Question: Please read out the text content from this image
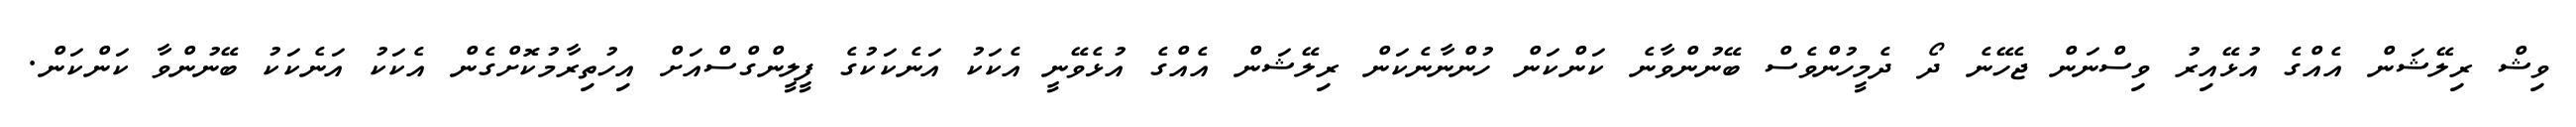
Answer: ވިޝް ރިލޭޝަން އެއްގެ އުޅޭއިރު ވިސްނަން ޖެހޭނެ ދޯ ދެމީހުންވެސް ބޭނުންވާނެ ކަންކަން ހުންނާނެކަން ރިލޭޝަން އެއްގެ އުޅެވޭނީ އެކަކު އަނެކަކުގެ ފީލީންގްސްއަށް އިހުތިރާމުކޮށްގެން އެކަކު އަނެކަކު ބޭނުންވާ ކަންކަން.